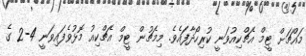
މައްޗަށް ޓީމް އެޗްކިއުވަނީ ކުރިހޯދާފައެވެ. މިމެޗުން ޓީމް އެޗްކިއު މޮޅުވެފައިވަނީ 4-2 ގެ